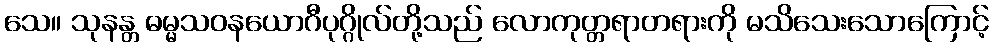
သေ။ သုနန္တ ဓမ္မသဝနယောဂီပုဂ္ဂိုလ်တို့သည် လောကုတ္တရာတရားကို မသိသေးသောကြောင့်